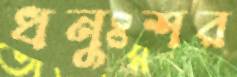
ধনুঃশর